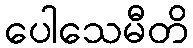
ပေါသေမီတိ